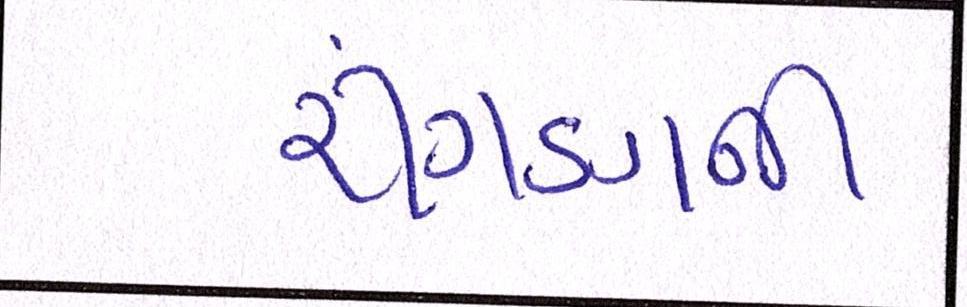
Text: રીંગણની